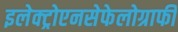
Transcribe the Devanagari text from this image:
इलेक्ट्रोएनसेफेलोग्राफी